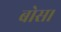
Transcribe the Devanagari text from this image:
बोस।